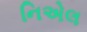
નિએલ